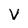
Character: V